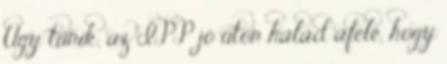
Úgy tűnik, az IPP jó úton halad afelé, hogy